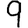
Digit: 9